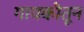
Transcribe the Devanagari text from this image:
गायकीतून